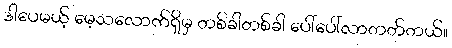
ဒါပေမယ့် မေ့သလောက်ရှိမှ တစ်ခါတစ်ခါ ပေါ်ပေါ်လာတတ်တယ်။